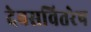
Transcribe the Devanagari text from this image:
देवसवितरेष